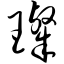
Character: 璨